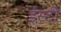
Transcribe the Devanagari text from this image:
ईस्टी